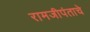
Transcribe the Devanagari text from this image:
रामजीपंताचे